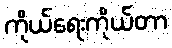
ကိုယ်ရေးကိုယ်တာ